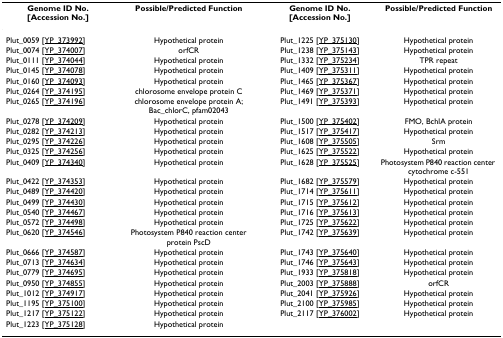
<table><thead><tr><td><b>Genome ID No. [Accession No.]</b></td><td><b>Possible/Predicted Function</b></td><td><b>Genome ID No. [Accession No.]</b></td><td><b>Possible/Predicted Function</b></td></tr></thead><tbody><tr><td>Plut_0059 [YP_373992]</td><td>Hypothetical protein</td><td>Plut_1225 [YP_375130]</td><td>Hypothetical protein</td></tr><tr><td>Plut_0074 [YP_374007]</td><td>orfCR</td><td>Plut_1238 [YP_375143]</td><td>Hypothetical protein</td></tr><tr><td>Plut_0111 [YP_374044]</td><td>Hypothetical protein</td><td>Plut_1332 [YP_375234]</td><td>TPR repeat</td></tr><tr><td>Plut_0145 [YP_374078]</td><td>Hypothetical protein</td><td>Plut_1409 [YP_375311]</td><td>Hypothetical protein</td></tr><tr><td>Plut_0160 [YP_374093]</td><td>Hypothetical protein</td><td>Plut_1465 [YP_375367]</td><td>Hypothetical protein</td></tr><tr><td>Plut_0264 [YP_374195]</td><td>chlorosome envelope protein C</td><td>Plut_1469 [YP_375371]</td><td>Hypothetical protein</td></tr><tr><td>Plut_0265 [YP_374196]</td><td>chlorosome envelope protein A; Bac_chlorC, pfam02043</td><td>Plut_1491 [YP_375393]</td><td>Hypothetical protein</td></tr><tr><td>Plut_0278 [YP_374209]</td><td>Hypothetical protein</td><td>Plut_1500 [YP_375402]</td><td>FMO, BchlA protein</td></tr><tr><td>Plut_0282 [YP_374213]</td><td>Hypothetical protein</td><td>Plut_1517 [YP_375417]</td><td>Hypothetical protein</td></tr><tr><td>Plut_0295 [YP_374226]</td><td>Hypothetical protein</td><td>Plut_1608 [YP_375505]</td><td>Srm</td></tr><tr><td>Plut_0325 [YP_374256]</td><td>Hypothetical protein</td><td>Plut_1625 [YP_375522]</td><td>Hypothetical protein</td></tr><tr><td>Plut_0409 [YP_374340]</td><td>Hypothetical protein</td><td>Plut_1628 [YP_375525]</td><td>Photosystem P840 reaction center cytochrome c-551</td></tr><tr><td>Plut_0422 [YP_374353]</td><td>Hypothetical protein</td><td>Plut_1682 [YP_375579]</td><td>Hypothetical protein</td></tr><tr><td>Plut_0489 [YP_374420]</td><td>Hypothetical protein</td><td>Plut_1714 [YP_375611]</td><td>Hypothetical protein</td></tr><tr><td>Plut_0499 [YP_374430]</td><td>Hypothetical protein</td><td>Plut_1715 [YP_375612]</td><td>Hypothetical protein</td></tr><tr><td>Plut_0540 [YP_374467]</td><td>Hypothetical protein</td><td>Plut_1716 [YP_375613]</td><td>Hypothetical protein</td></tr><tr><td>Plut_0572 [YP_374498]</td><td>Hypothetical protein</td><td>Plut_1725 [YP_375622]</td><td>Hypothetical protein</td></tr><tr><td>Plut_0620 [YP_374546]</td><td>Photosystem P840 reaction center protein PscD</td><td>Plut_1742 [YP_375639]</td><td>Hypothetical protein</td></tr><tr><td>Plut_0666 [YP_374587]</td><td>Hypothetical protein</td><td>Plut_1743 [YP_375640]</td><td>Hypothetical protein</td></tr><tr><td>Plut_0713 [YP_374634]</td><td>Hypothetical protein</td><td>Plut_1746 [YP_375643]</td><td>Hypothetical protein</td></tr><tr><td>Plut_0779 [YP_374695]</td><td>Hypothetical protein</td><td>Plut_1933 [YP_375818]</td><td>Hypothetical protein</td></tr><tr><td>Plut_0950 [YP_374855]</td><td>Hypothetical protein</td><td>Plut_2003 [YP_375888]</td><td>orfCR</td></tr><tr><td>Plut_1012 [YP_374917]</td><td>Hypothetical protein</td><td>Plut_2041 [YP_375926]</td><td>Hypothetical protein</td></tr><tr><td>Plut_1195 [YP_375100]</td><td>Hypothetical protein</td><td>Plut_2100 [YP_375985]</td><td>Hypothetical protein</td></tr><tr><td>Plut_1217 [YP_375122]</td><td>Hypothetical protein</td><td>Plut_2117 [YP_376002]</td><td>Hypothetical protein</td></tr><tr><td>Plut_1223 [YP_375128]</td><td>Hypothetical protein</td><td></td><td></td></tr></tbody></table>